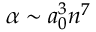
\alpha \sim a _ { 0 } ^ { 3 } n ^ { 7 }